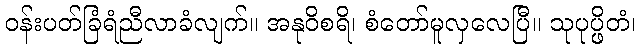
ဝန်းပတ်ခြံရံညီလာခံလျက်။ အနုဝိစရိ၊ စံတော်မူလှလေပြီ။ သုပုပ္ဖိတံ၊